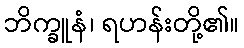
ဘိက္ခူနံ၊ ရဟန်းတို့၏။